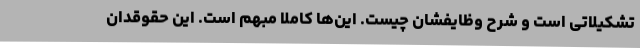
تشکیلاتی است و شرح وظایفشان چیست. این‌ها کاملا مبهم است. این حقوقدان